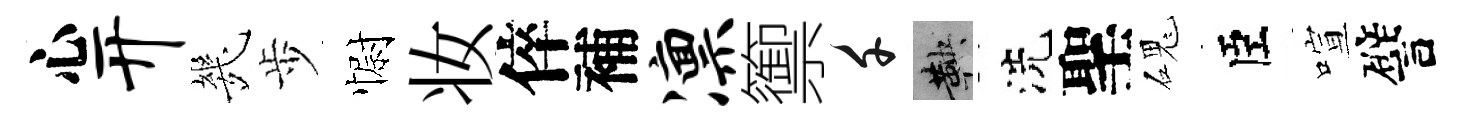
心开㡬歩𢠢妆倅補凛籞千鞅洗聖磈臣喧譬